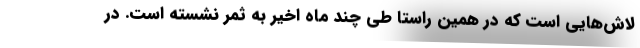
لاش‌هایی است که در همین راستا طی چند ماه اخیر به ثمر نشسته است. در